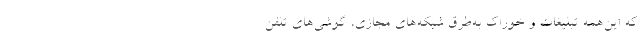
که این‌همه تبلیغات و خوراک به‌طُرُق شبکه‌های مجازی، گوشی‌های تلفن